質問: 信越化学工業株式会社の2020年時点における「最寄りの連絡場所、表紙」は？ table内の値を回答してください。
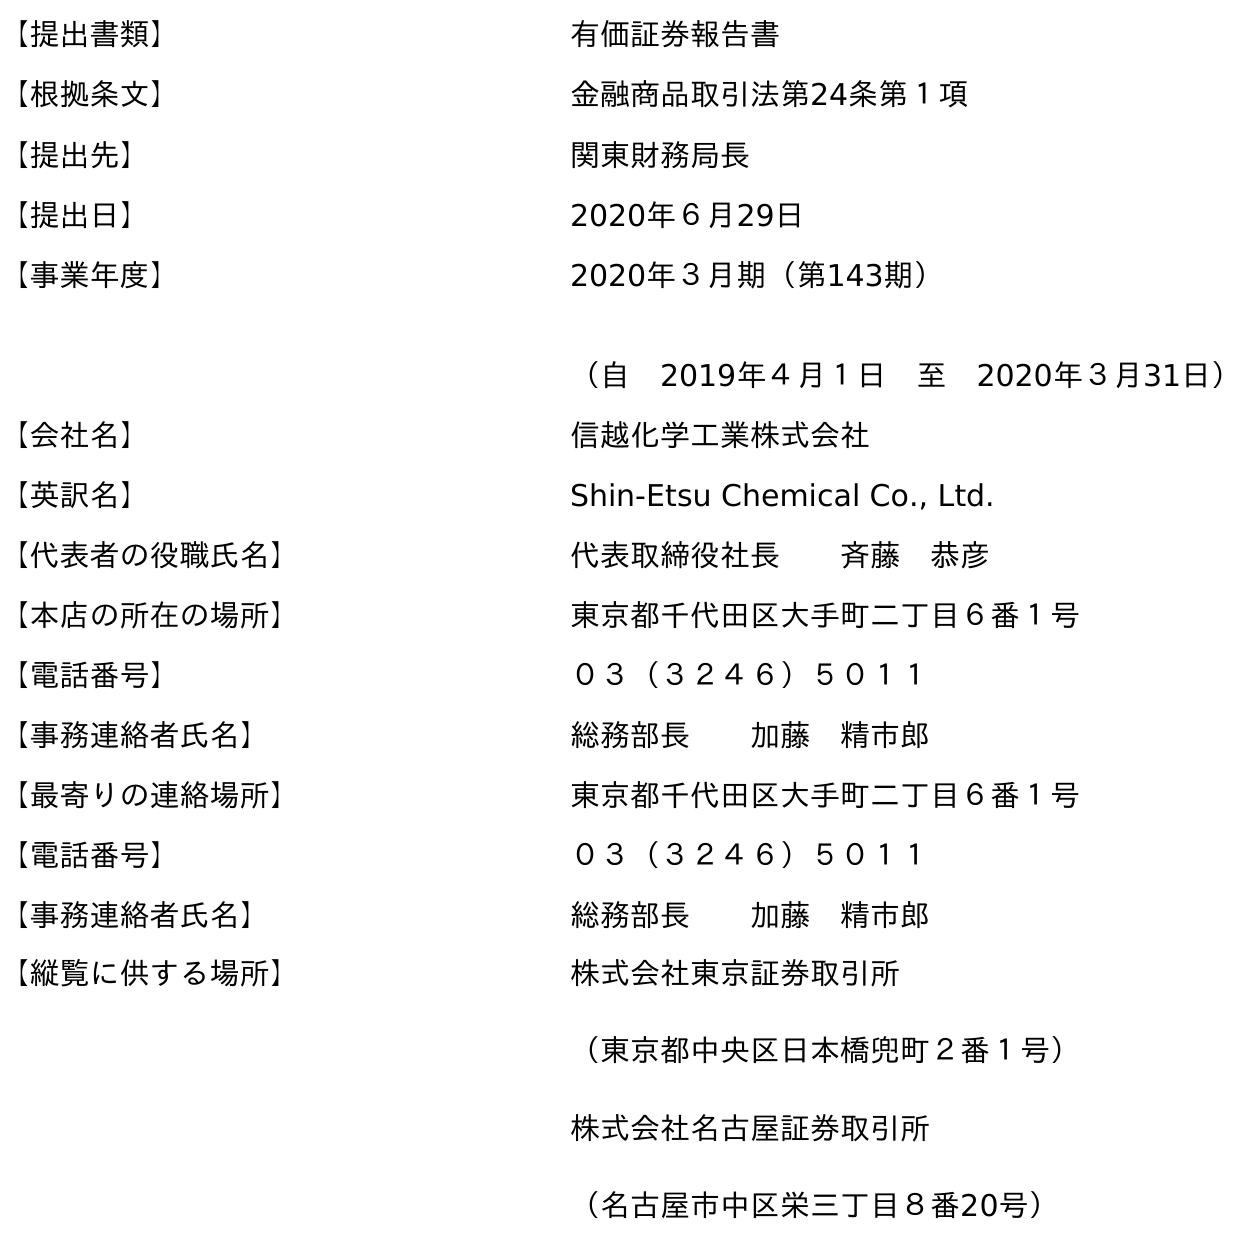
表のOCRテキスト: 【提出書類】 有価証券報告書 【根拠条文】 金融商品取引法第24条第１項 【提出先】 関東財務局長 【提出日】 2020年６月29日 【事業年度】 2020年３月期（第143期） （自 2019年４月１日 至 2020年３月31日） 【会社名】 信越化学工業株式会社 【英訳名】 Shin-Etsu Chemical Co., Ltd. 【代表者の役職氏名】 代表取締役社長  斉藤 恭彦 【本店の所在の場所】 東京都千代田区大手町二丁目６番１号 【電話番号】 ０３（３２４６）５０１１ 【事務連絡者氏名】 総務部長  加藤 精市郎 【最寄りの連絡場所】 東京都千代田区大手町二丁目６番１号 【電話番号】 ０３（３２４６）５０１１ 【事務連絡者氏名】 総務部長  加藤 精市郎 【縦覧に供する場所】 株式会社東京証券取引所 （東京都中央区日本橋兜町２番１号） 株式会社名古屋証券取引所 （名古屋市中区栄三丁目８番20号）
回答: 東京都千代田区大手町二丁目６番１号